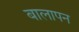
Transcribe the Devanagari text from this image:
बालापन